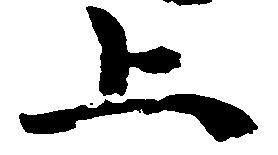
上